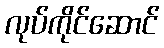
လုပ်ကိုင်ဆောင်